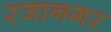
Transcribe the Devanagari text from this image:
रजानगर